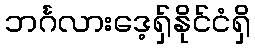
ဘင်္ဂလားဒေ့ရှ်နိုင်ငံရှိ